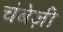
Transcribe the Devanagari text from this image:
चंबेज़ी